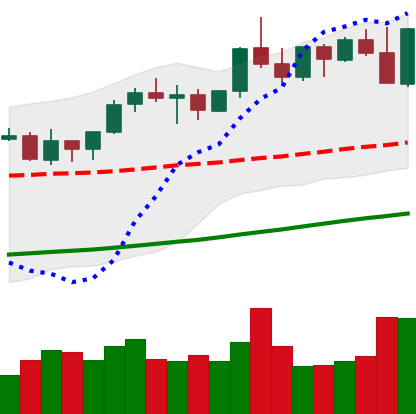
Ticker: ETH-USD
Chart end date: 2021-10-28
Forward return: 6.939%
Label: up_5_7